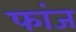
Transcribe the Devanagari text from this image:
फांज